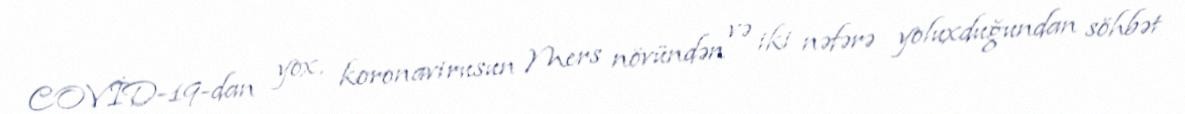
COVİD-19-dan yox, koronavirusun Mers növündən və iki nəfərə yoluxduğundan söhbət